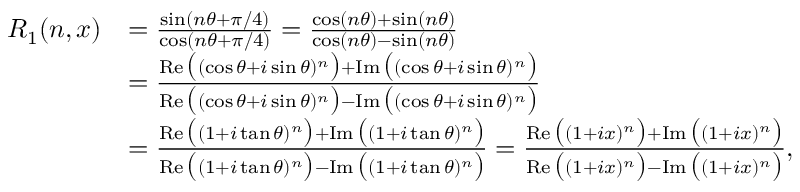
\begin{array} { r l } { R _ { 1 } ( n , x ) } & { = \frac { \sin ( n \theta + \pi / 4 ) } { \cos ( n \theta + \pi / 4 ) } = \frac { \cos ( n \theta ) + \sin ( n \theta ) } { \cos ( n \theta ) - \sin ( n \theta ) } } \\ & { = \frac { \operatorname { R e } \big ( ( \cos \theta + i \sin \theta ) ^ { n } \big ) + \operatorname { I m } \big ( ( \cos \theta + i \sin \theta ) ^ { n } \big ) } { \operatorname { R e } \big ( ( \cos \theta + i \sin \theta ) ^ { n } \big ) - \operatorname { I m } \big ( ( \cos \theta + i \sin \theta ) ^ { n } \big ) } } \\ & { = \frac { \operatorname { R e } \big ( ( 1 + i \tan \theta ) ^ { n } \big ) + \operatorname { I m } \big ( ( 1 + i \tan \theta ) ^ { n } \big ) } { \operatorname { R e } \big ( ( 1 + i \tan \theta ) ^ { n } \big ) - \operatorname { I m } \big ( ( 1 + i \tan \theta ) ^ { n } \big ) } = \frac { \operatorname { R e } \big ( ( 1 + i x ) ^ { n } \big ) + \operatorname { I m } \big ( ( 1 + i x ) ^ { n } \big ) } { \operatorname { R e } \big ( ( 1 + i x ) ^ { n } \big ) - \operatorname { I m } \big ( ( 1 + i x ) ^ { n } \big ) } , } \end{array}